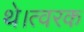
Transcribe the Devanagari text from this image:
थे।त्वरक